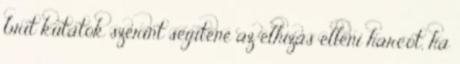
brit kutatók szerint segítené az elhízás elleni harcot, ha